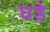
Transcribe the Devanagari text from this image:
घडे़